Malaria in India - Number 2
Disease focus: Malaria
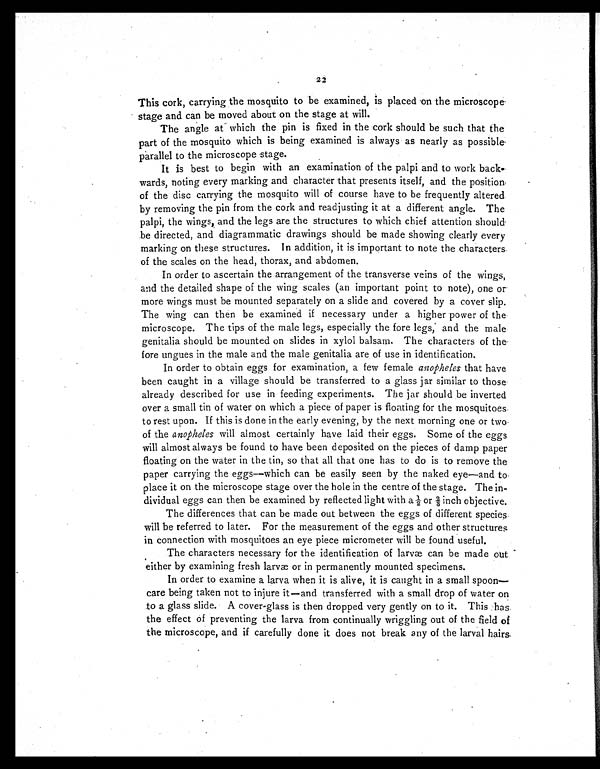
22
This cork, carrying the mosquito to be examined, is placed on the microscope-
stage and can be moved about on the stage at will.
The angle at which the pin is fixed in the cork should be such that the
part of the mosquito which is being examined is always as nearly as possible
parallel to the microscope stage.
It is best to begin with an examination of the palpi and to work back-
wards, noting every marking and character that presents itself, and the position
of the disc carrying the mosquito will of course have to be frequently altered
by removing the pin from the cork and readjusting it at a different angle. The
palpi, the wings, and the legs are the structures to which chief attention should
be directed, and diagrammatic drawings should be made showing clearly every
marking on these structures. In addition, it is important to note the characters
of the scales on the head, thorax, and abdomen.
In order to ascertain the arrangement of the transverse veins of the wings,
and the detailed shape of the wing scales (an important point to note), one or
more wings must be mounted separately on a slide and covered by a cover slip.
The wing can then be examined if necessary under a higher power of the
microscope. The tips of the male legs, especially the fore legs, and the male
genitalia should be mounted on slides in xylol balsam. The characters of the
fore ungues in the male and the male genitalia are of use in identification.
In order to obtain eggs for examination, a few female anopheles that have
been caught in a village should be transferred to a glass jar similar to those
already described for use in feeding experiments. The jar should be inverted
over a small tin of water on which a piece of paper is floating for the mosquitoes
to rest upon. If this is done in the early evening, by the next morning one or two
of the anopheles will almost certainly have laid their eggs. Some of the eggs
will almost always be found to have been deposited on the pieces of damp paper
floating on the water in the tin, so that all that one has to do is to remove the
paper carrying the eggs—which can be easily seen by the naked eye—and to
place it on the microscope stage over the hole in the centre of the stage. The in-
dividual eggs can then be examined by reflected light with a ½ or ⅔ inch objective.
The differences that can be made out between the eggs of different species.
will be referred to later. For the measurement of the eggs and other structures
in connection with mosquitoes an eye piece micrometer will be found useful.
The characters necessary for the identification of larvæ can be made out
either by examining fresh larvæ or in permanently mounted specimens.
In order to examine a larva when it is alive, it is caught in a small spoon—
care being taken not to injure it—and transferred with a small drop of water on
to a glass slide. A cover-glass is then dropped very gently on to it. This has
the effect of preventing the larva from continually wriggling out of the field of
the microscope, and if carefully done it does not break any of the larval hairs.